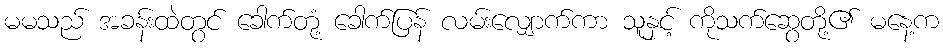
မမသည် အခန်းထဲတွင် ခေါက်တုံ့ ခေါက်ပြန် လမ်းလျှောက်ကာ သူနှင့် ကိုသက်ဆွေတို့၏ မနေ့က